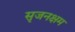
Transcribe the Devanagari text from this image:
सृजनक्षम